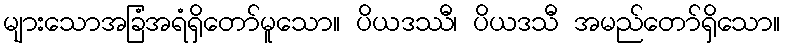
များသောအခြံအရံရှိတော်မူသော။ ပိယဒဿီ၊ ပိယဒသီ အမည်တော်ရှိသော။